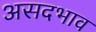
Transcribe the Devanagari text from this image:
असदभाव